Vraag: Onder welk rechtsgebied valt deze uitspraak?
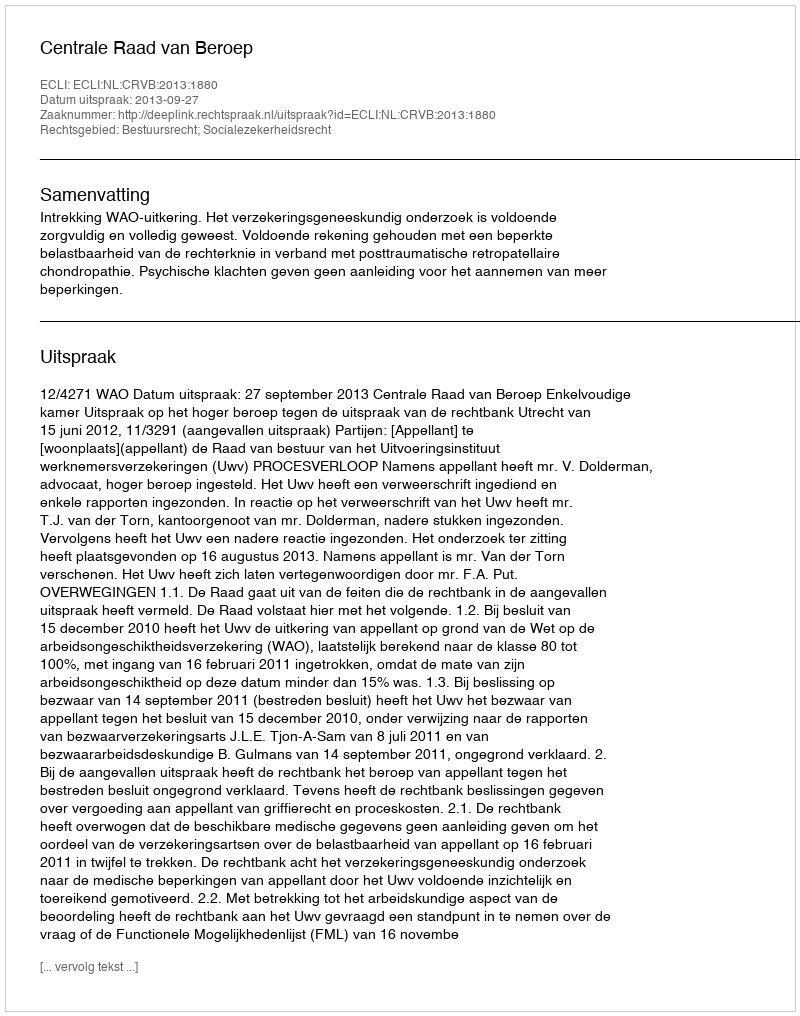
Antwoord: Bestuursrecht; Socialezekerheidsrecht